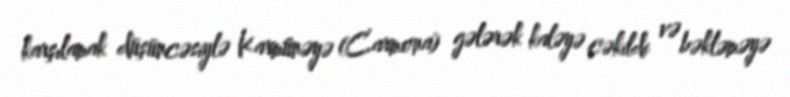
karşılamak düşüncəsiylə Karmûnəyə (Carmona) gələrək kaləyə çəkildi və bəkləməyə